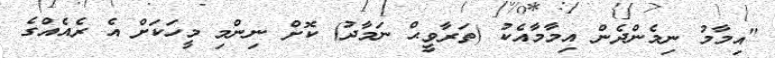
"އިމާމު ނިމެންދެން އިމާމާއެކު (ތަރާވީޙް ނަމާދު) ކޮށް ނިންމި މީހަކަށް އެ ރެއެއްގެ